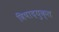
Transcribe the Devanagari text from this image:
विषादयुक्त